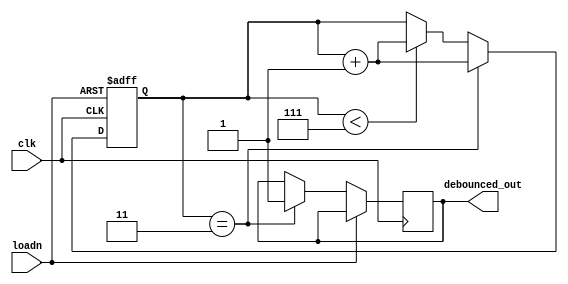
module debouncer
  (input wire clk,
   input wire loadn,
   output wire debounced_out);
  
  reg [2:0] i;
  reg a;
  assign debounced_out = a;
  
  always @ (posedge clk or posedge loadn)
    begin
      if (loadn) i = 3'd0;
  	  else
        begin
          if (i == 3'd3)
            begin
              a = 1'b1;
              i = i + 1;
            end
          else if (i < 3'd7)
            begin
              i = i + 1;
            end
        end
    end
  
endmodule